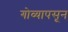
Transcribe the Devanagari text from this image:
गोव्यापसून